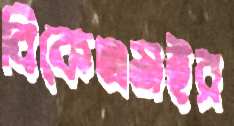
বিকেএমইর